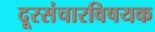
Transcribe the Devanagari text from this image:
दूरसंचारविषयक